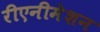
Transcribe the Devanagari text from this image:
रीएनीमेशन